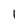
Character: l